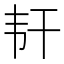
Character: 𬰱